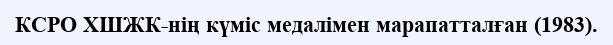
КСРО ХШЖК-нің күміс медалімен марапатталған (1983).